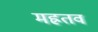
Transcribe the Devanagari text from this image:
मह्रतव